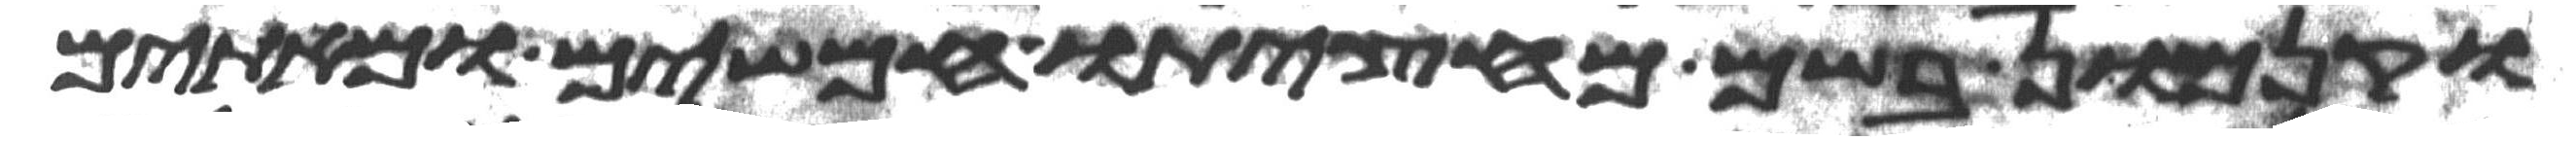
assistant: וקנמון בשם מחציתו חמשים ומאתים